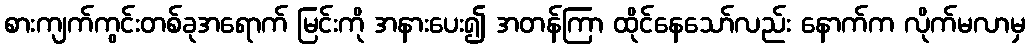
စားကျက်ကွင်းတစ်ခုအရောက် မြင်းကို အနားပေး၍ အတန်ကြာ ထိုင်နေသော်လည်း နောက်က လိုက်မလာမှ